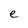
Character: e